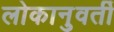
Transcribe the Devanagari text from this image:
लोकानुवर्ती